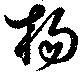
楊